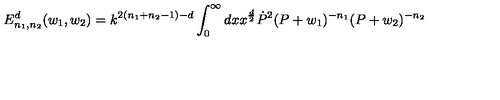
E _ { n _ { 1 } , n _ { 2 } } ^ { d } ( w _ { 1 } , w _ { 2 } ) = k ^ { 2 ( n _ { 1 } + n _ { 2 } - 1 ) - d } \int _ { 0 } ^ { \infty } { d } x x ^ { \frac { d } { 2 } } \dot { P } ^ { 2 } ( P + w _ { 1 } ) ^ { - n _ { 1 } } ( P + w _ { 2 } ) ^ { - n _ { 2 } }